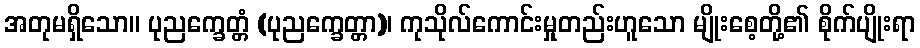
အတုမရှိသော။ ပုညက္ခေတ္တံ (ပုညက္ခေတ္တာ)၊ ကုသိုလ်ကောင်းမှုတည်းဟူသော မျိုးစေ့တို့၏ စိုက်ပျိုးရာ